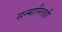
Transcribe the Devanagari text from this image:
सन्मानितही